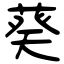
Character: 葵